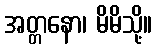
အတ္တနော၊ မိမိသို့။